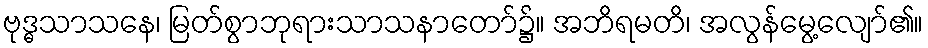
ဗုဒ္ဓသာသနေ၊ မြတ်စွာဘုရားသာသနာတော်၌။ အဘိရမတိ၊ အလွန်မွေ့လျော်၏။